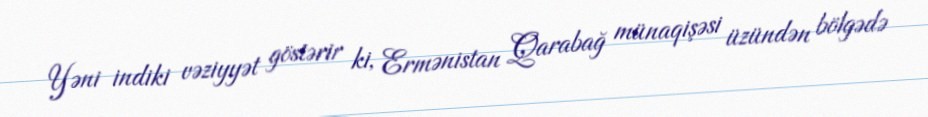
Yəni indiki vəziyyət göstərir ki, Ermənistan Qarabağ münaqişəsi üzündən bölgədə